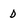
Character: d